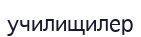
училищилер